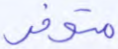
متوفر